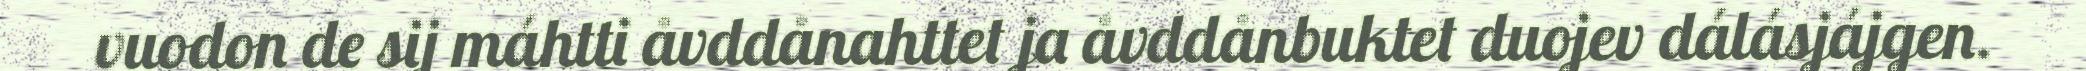
vuodon de sij máhtti åvddånahttet ja åvddånbuktet duojev dálásjájgen.